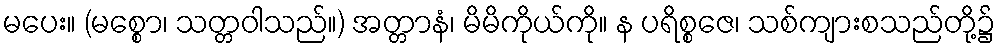
မပေး။ (မစ္စော၊ သတ္တဝါသည်။) အတ္တာနံ၊ မိမိကိုယ်ကို။ န ပရိစ္စဇေ၊ သစ်ကျားစသည်တို့၌